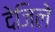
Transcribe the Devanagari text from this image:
देजिले